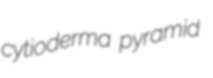
cytioderma pyramid